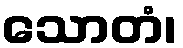
သောတံ၊